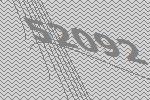
52092